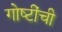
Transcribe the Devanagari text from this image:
गोष्‍टींची